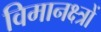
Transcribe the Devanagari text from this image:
विमानक्ष्त्रों